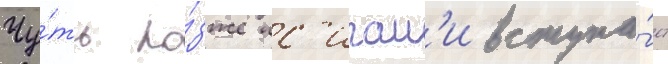
Чу́ть по́зже ис'игам'и вступа́ет